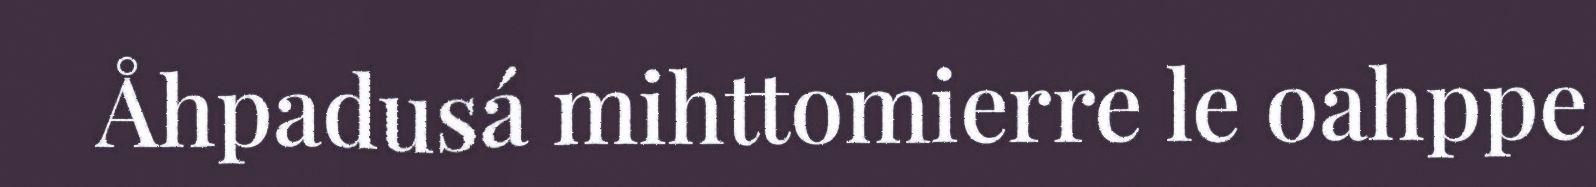
Åhpadusá mihttomierre le oahppe